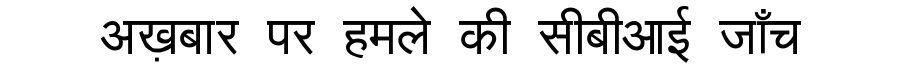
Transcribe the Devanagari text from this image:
अख़बार पर हमले की सीबीआई जाँच